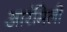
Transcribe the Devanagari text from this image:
आरंमिली